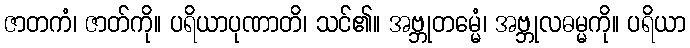
ဇာတကံ၊ ဇာတ်ကို။ ပရိယာပုဏာတိ၊ သင်၏။ အဗ္ဘုတမ္မေံ၊ အဗ္ဘုလဓမ္မကို။ ပရိယာ